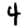
Digit: 4